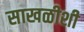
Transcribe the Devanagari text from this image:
साखळीशी